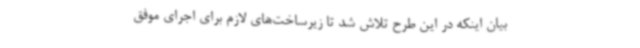
بیان اینکه در این طرح تلاش شد تا زیرساخت‌های لازم برای اجرای موفق